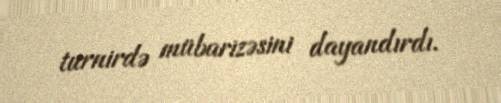
turnirdə mübarizəsini dayandırdı.